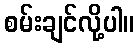
စမ်းချင်လို့ပါ။